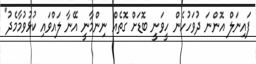
ފައިނަލް އޮންނަ ދުވަހުހެން ހީވަނީ ބޮޑަށް ގޮތެއް ނިންމާނީ އޭނާ ލައްވައި ކުޅުވުމާމެދު"